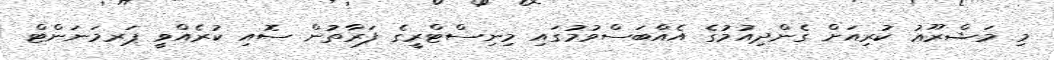
މި މަޝްރޫޢު ކުރިއަށް ގެންދިއުމުގެ އެއްބަސްވުމުގައި މިނިސްޓްރީގެ ފަރާތުން ސޮއި ކުރެއްވީ ޕަރމަނަންޓް